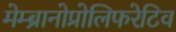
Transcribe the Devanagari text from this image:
मेम्ब्रानोप्रोलिफरेटिव